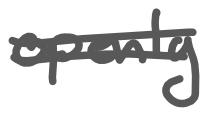
Text: openly
Cross-out: double-line
Writing tool: digital_gray